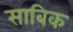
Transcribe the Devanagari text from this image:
साबिक